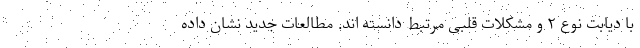
با دیابت نوع ۲ و مشکلات قلبی مرتبط دانسته اند. مطالعات جدید نشان داده